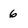
Character: 6